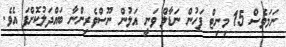
ނަމަވެސް 15 މިނިޓް ފަހުން ނަޑާލް ވަނީ އަލުން ނޫސްވެރިންނާ ބައްދަލުކޮށްފަ އެވެ.